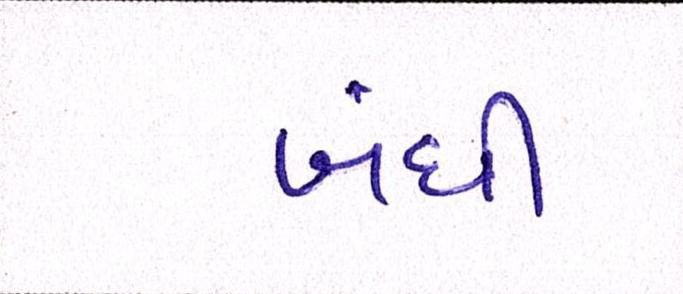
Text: બંધી